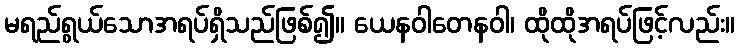
မရည်ရွယ်သောအရပ်ရှိသည်ဖြစ်၍။ ယေနဝါတေနဝါ၊ ထိုထိုအရပ်ဖြင့်လည်း။